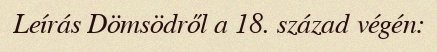
Leírás Dömsödről a 18. század végén: